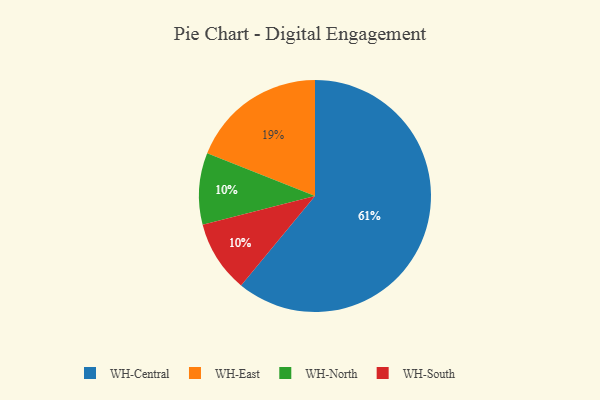
{"axis": {"x": "Category", "y": "Percentage"}, "legend": ["WH-Central", "WH-East", "WH-North", "WH-South"], "data": [{"x": "WH-North", "y": 10, "type": "WH-North"}, {"x": "WH-Central", "y": 61, "type": "WH-Central"}, {"x": "WH-East", "y": 19, "type": "WH-East"}, {"x": "WH-South", "y": 10, "type": "WH-South"}]}